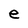
Character: e